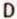
D